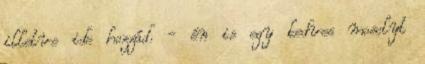
illetve ide hozzád. - én is egy kedves mosolyt